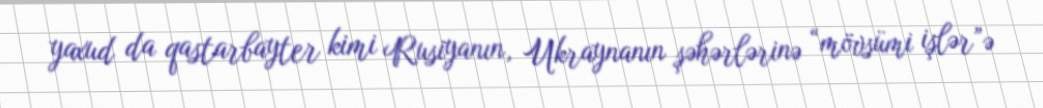
yaxud da qastarbayter kimi Rusiyanın, Ukraynanın şəhərlərinə “mövsümi işlər”ə